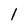
Character: 1